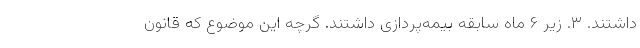
داشتند. ۳. زیر ۶ ماه سابقه بیمه‌پردازی داشتند. گرچه این موضوع که قانون